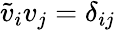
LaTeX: \tilde{v}_{i}v_{j}=\delta_{ij}